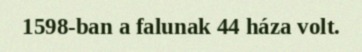
1598-ban a falunak 44 háza volt.